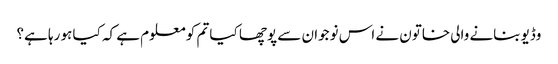
وڈیو بنانے والی خاتون نے اس نوجوان سے پوچھا کیا تم کو معلوم ہے کہ کیا ہو رہا ہے؟